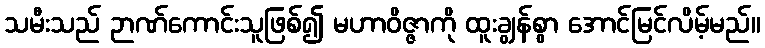
သမီးသည် ဉာဏ်ကောင်းသူဖြစ်၍ မဟာဝိဇ္ဇာကို ထူးချွန်စွာ အောင်မြင်လိမ့်မည်။